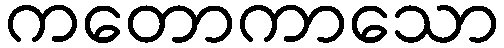
ကတောကာသော